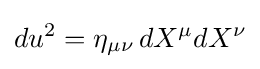
du^{2}=\eta _{\mu \nu }\,dX^{\mu }dX^{\nu }